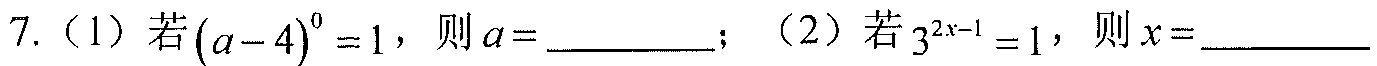
7.（1）若\((a - 4)^0 = 1\)，则\(a = \_\_\_\_\_\_\)；（2）若\(3^{2x - 1} = 1\)，则\(x = \_\_\_\_\_\_\)